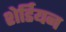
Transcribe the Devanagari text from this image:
शेर्डियन